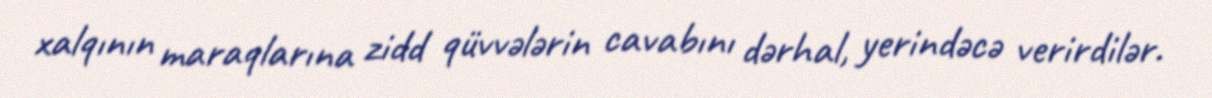
xalqının maraqlarına zidd qüvvələrin cavabını dərhal, yerindəcə verirdilər.